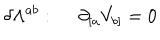
\delta \Lambda ^ { a b } : ~ ~ \partial _ { [ a } V _ { b ] } = 0